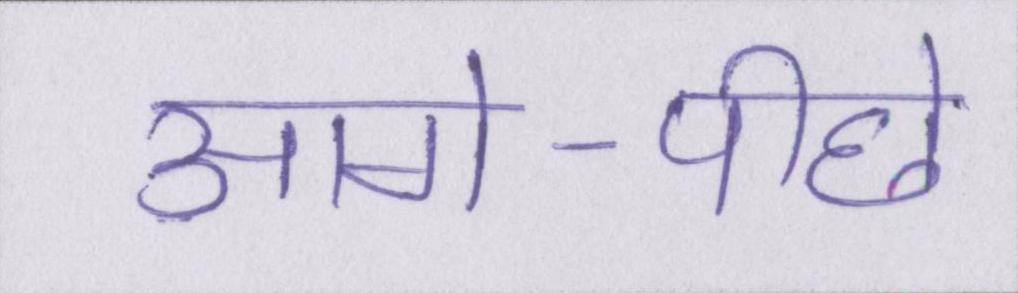
आगे-पीछे